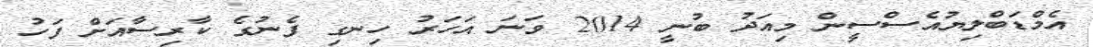
އެމްޑަބްލިޔުއެސްސީން މިއަދު ބުނީ 2014 ވަނަ އަހަރު ހިނގި ފެނުގެ ކާރިސާއަށް ފަހު